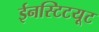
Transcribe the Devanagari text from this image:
ईनस्टिटयूट